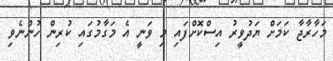
މަހާރާޖާ ކަމަށް ޔަދުވީރު އިސްކޮށްފައި މި ވަނީ އެ މަގާމުގައި ކުރިން ހުންނެވި